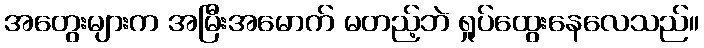
အတွေးများက အမြီးအမောက် မတည့်ဘဲ ရှုပ်ထွေးနေလေသည်။